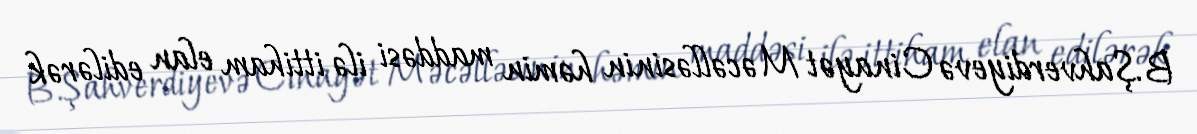
B.Şahverdiyevə Cinayət Məcəlləsinin həmin maddəsi ilə ittiham elan edilərək